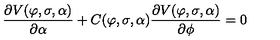
\frac { \partial V ( \varphi , \sigma , \alpha ) } { \partial \alpha } + C ( \varphi , \sigma , \alpha ) \frac { \partial V ( \varphi , \sigma , \alpha ) } { \partial \phi } = 0